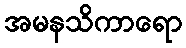
အမနသိကာရော